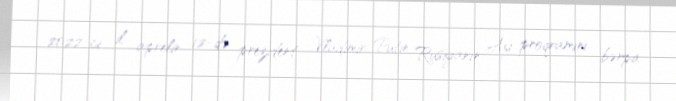
2022-ci il aprelin 12-də prezident Vladimir Putin Rusiyanın Ay proqramını bərpa